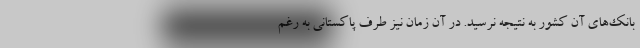
بانک‌های آن کشور به نتیجه نرسید. در آن زمان نیز طرف پاکستانی به رغم